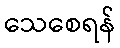
သေစေရန်